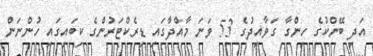
އަދި ބޭންކުގެ ހިންގާ ގަވާއިދުގެ 53 ވަނަ މާއްދާގައި ޑިރެކްޓަރުންގެ ކިބައިގައި ހުންނަން